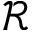
\mathcal R